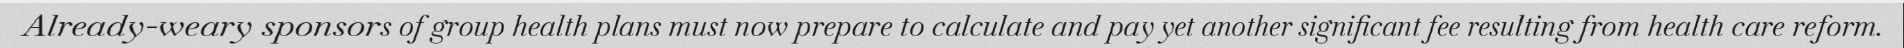
Already-weary sponsors of group health plans must now prepare to calculate and pay yet another significant fee resulting from health care reform.